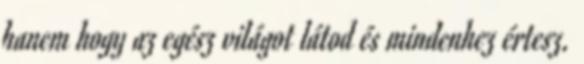
hanem hogy az egész világot látod és mindenhez értesz.